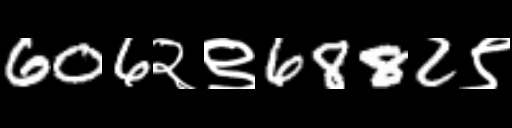
Text: 606२९6882९